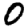
Digit: 0